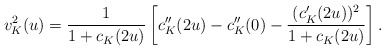
\begin{align*}v^2_K(u)=\frac{1}{1+c_K(2u)}\left[c^{\prime\prime}_K(2u)-c^{\prime\prime}_K(0)-\frac{(c^{\prime}_K(2u))^2}{1+c_K(2u)}\right]. \end{align*}